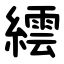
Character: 繧